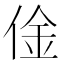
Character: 𠊄